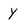
Character: y